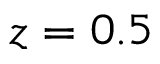
z = 0 . 5